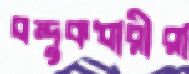
বন্দুকধারীরা